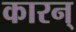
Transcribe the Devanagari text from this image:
कारन्